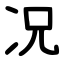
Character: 况